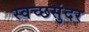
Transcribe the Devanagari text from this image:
स्वच्छसुंदर